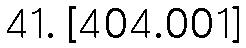
41. [404.001]